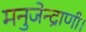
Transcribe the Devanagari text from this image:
मनुजेन्द्राणी।